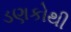
ડણકોથી